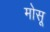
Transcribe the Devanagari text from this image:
मोसू